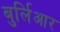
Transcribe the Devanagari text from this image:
बुर्लिआर